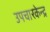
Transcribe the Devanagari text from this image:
उपचारकेन्द्र